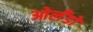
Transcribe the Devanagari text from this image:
ओर्लँडो